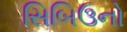
સિબિઉનો